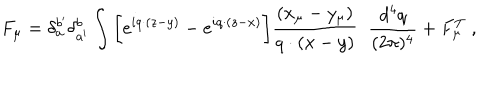
LaTeX: F _ { \mu } = \delta _ { a } ^ { b ^ { \prime } } \delta _ { a ^ { \prime } } ^ { b } \int \bigg \lbrack e ^ { i q \cdot ( z - y ) } - e ^ { i q \cdot ( z - x ) } \bigg \rbrack { \frac { ( x _ { \mu } - y _ { \mu } ) } { q \cdot ( x - y ) } } \; \; { \frac { d ^ { 4 } q } { ( 2 \pi ) ^ { 4 } } } + F _ { \mu } ^ { T } \; ,